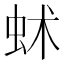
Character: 𧉱